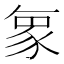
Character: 𮙝